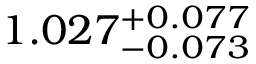
1 . 0 2 7 _ { - 0 . 0 7 3 } ^ { + 0 . 0 7 7 }